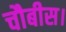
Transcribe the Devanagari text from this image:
चौबीस।